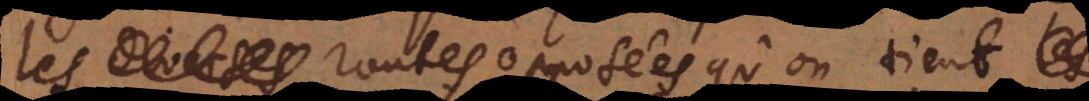
les routes opposées qu’on tient,